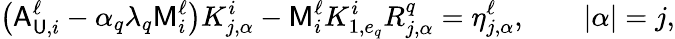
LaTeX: \left(\mathsf{A}_{\mathsf{U},i}^{\ell}-\alpha_{q}\lambda_{q}\mathsf{M}_{i}^{\ell}\right)K_{j,\alpha}^{i}-\mathsf{M}_{i}^{\ell}K_{1,e_{q}}^{i}R_{j,\alpha}^{q}=\eta_{j,\alpha}^{\ell},\qquad|\alpha|=j,